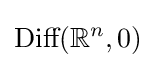
{\text{Diff}}(\mathbb {R} ^{n},0)